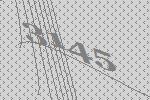
3145